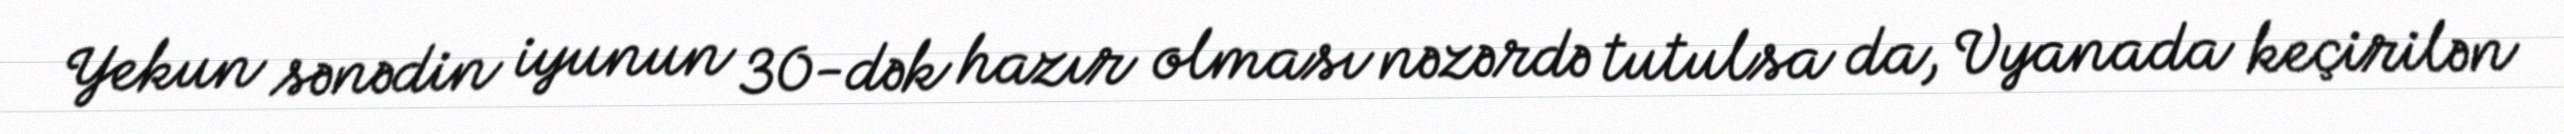
Yekun sənədin iyunun 30-dək hazır olması nəzərdə tutulsa da, Vyanada keçirilən